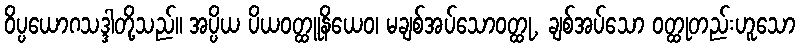
ဝိပ္ပယောဂသဒ္ဒါတို့သည်။ အပ္ပိယ ပိယဝတ္ထူနိယေဝ၊ မချစ်အပ်သောဝတ္ထု, ချစ်အပ်သော ဝတ္ထုတည်းဟူသော